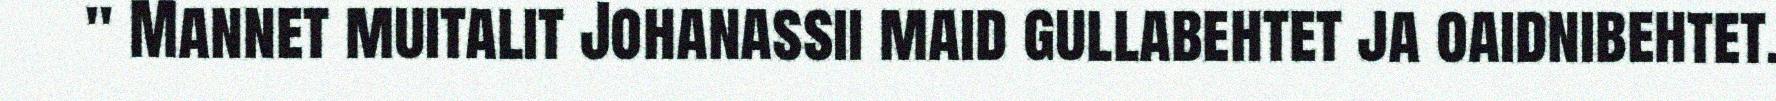
" Mannet muitalit Johanassii maid gullabehtet ja oaidnibehtet.